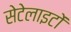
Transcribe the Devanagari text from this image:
सेटेलाइटों